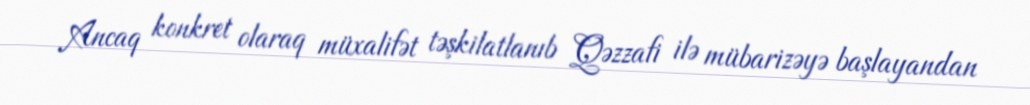
Ancaq konkret olaraq müxalifət təşkilatlanıb Qəzzafi ilə mübarizəyə başlayandan